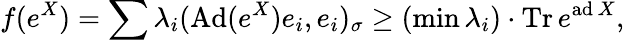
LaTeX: \displaystyle{f(e^{X})=\sum\lambda_{i}(\mathrm{Ad}(e^{X})e_{i},e_{i})_{\sigma}\geq(\operatorname*{min}\lambda_{i})\cdot\mathrm{Tr}\, e^{\mathrm{ad}\, X},}